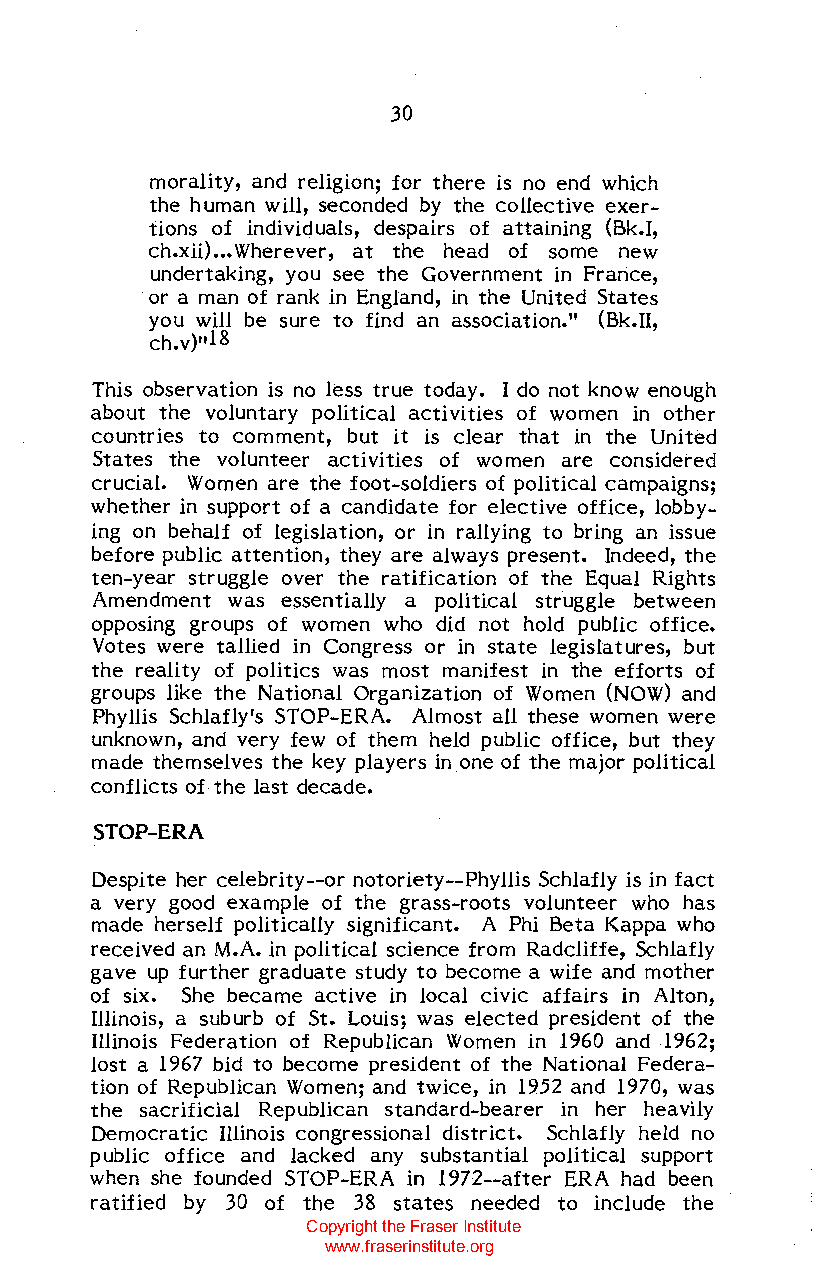
30
 morality, and religion; for there is no end which
 the human will, seconded by the collective exer
 tions of individuals, despairs of attaining (Bk.I,
 ch.xii) ••• Wherever, at the head of some new
 undertaking, you see the Government in France,
 or a man of rank in England, in the United States
 you will be sure to find an association." (Bk.II,
 ch.v),,18
 This observation is no less true today. I do not know enough
 about the voluntary political activities of women in other
 countries to comment, but it is clear that in the United
 States the volunteer activities of women are considered
 crucial. Women are the foot-soldiers of political campaigns;
 whether in support of a candidate for elective office, lobby
 ing on behalf of legislation, or in rallying to bring an issue
 before public attention, they are always present. Indeed, the
 ten-year struggle over the ratification of the Equal Rights
 Amendment was essentially a political struggle between
 opposing groups of women who did not hold public office.
 Votes were tallied in Congress or in state legislatures, but
 the reality of politics was most manifest in the efforts of
 groups like the National Organization of Women (NOW) and
 Phyllis Schlafly's STOP-ERA. Almost all these women were
 unknown, and very few of them held public office, but they
 made themselves the key players in one of the major political
 conflicts of the last decade.
 STOP-ERA
 Despite her celebrity--or notoriety--Phyllis Schlafly is in fact
 a very good example of the grass-roots volunteer who has
 made herself politically significant. A Phi Beta Kappa who
 received an M.A. in political science from Radcliffe, Schlafly
 gave up further graduate study to become a wife and mother
 of six. She became active in local civic affairs in Alton,
 Illinois, a suburb of St. Louis; was elected president of the
 Illinois Federation of Republican Women in 1960 and 1962;
 lost a 1967 bid to become president of the National Federa
 tion of Republican Women; and twice, in 1952 and 1970, was
 the sacrificial Republican standard-bearer in her heavily
 Democratic Illinois congressional district. Schlafly held no
 public office and lacked any substantial political support
 when she founded STOP-ERA in 1972--after ERA had been
 ratified by 30 of the 38 states needed to include the
 Copyright the Fraser Institute
 www.fraserinstitute.org